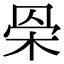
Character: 𣐷